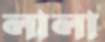
লালা